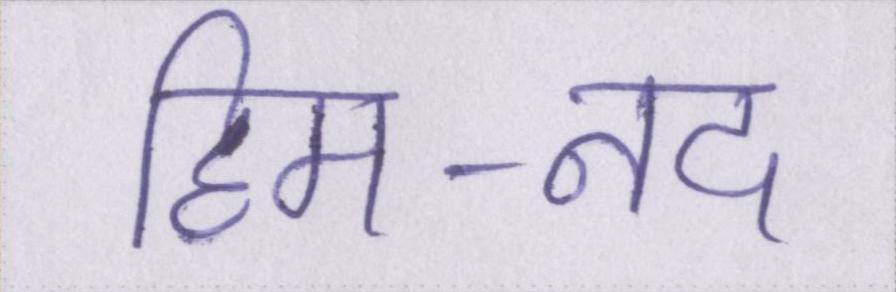
हिम-नद